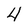
Character: 4